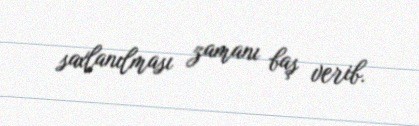
saxlanılması zamanı baş verib.